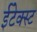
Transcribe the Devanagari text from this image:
ईटेक्स्ट